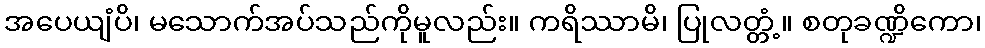
အပေယျံပိ၊ မသောက်အပ်သည်ကိုမူလည်း။ ကရိဿာမိ၊ ပြုလတ္တံ့။ စတုခဏ္ဍိကော၊